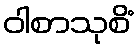
ဝါစာသုစိံ